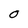
Character: O